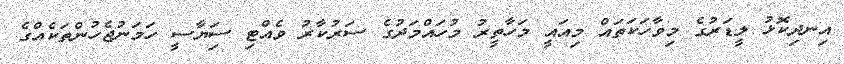
އިނދިކޮޅު ލީޑަރުގެ މިވާހަކަތައް މިއައީ މަހާތީރު މުހައްމަދުގެ ސަރުކާރު ވެއްޓި ސަިޔާސީ ހަމަނުޖެހުންތަކެއްގެ